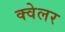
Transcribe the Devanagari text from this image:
क्वेलर